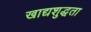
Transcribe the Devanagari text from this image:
खाद्यशुद्धता